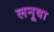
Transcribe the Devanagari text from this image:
लनूवा